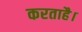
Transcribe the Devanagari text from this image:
करताहै।